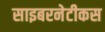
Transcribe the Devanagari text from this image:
साइबरनेटीकस